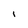
Character: i